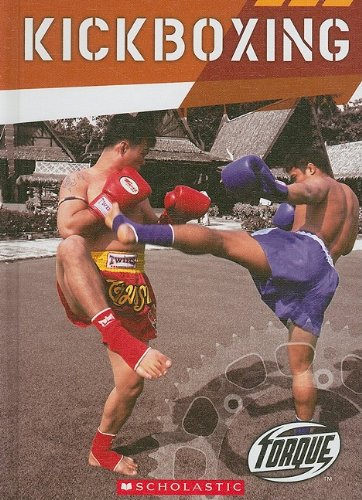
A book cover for Kickboxing (Torque: Action Sports); Thomas Streissguth; Teen & Young Adult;